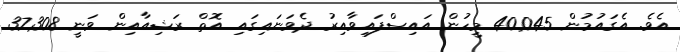
އެވެ. އެގައުމުން 40